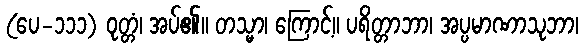
(ပေ-၁၁၁) ဝုတ္တံ၊ အပ်၏။ တသ္မာ၊ ကြောင့်။ ပရိတ္တာဘာ၊ အပ္ပမာဏာသုဘာ၊